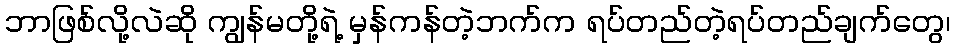
ဘာဖြစ်လို့လဲဆို ကျွန်မတို့ရဲ့ မှန်ကန်တဲ့ဘက်က ရပ်တည်တဲ့ရပ်တည်ချက်တွေ၊